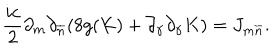
LaTeX: \frac { i c } { 2 } \partial _ { m } \partial _ { \overline { { n } } } ( 8 g ( K ) + \partial _ { \gamma } \partial _ { \gamma } K ) = J _ { m \overline { { { n } } } } .